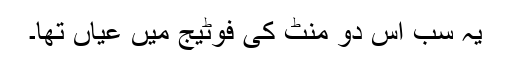
یہ سب اس دو منٹ کی فوٹیج میں عیاں تھا۔